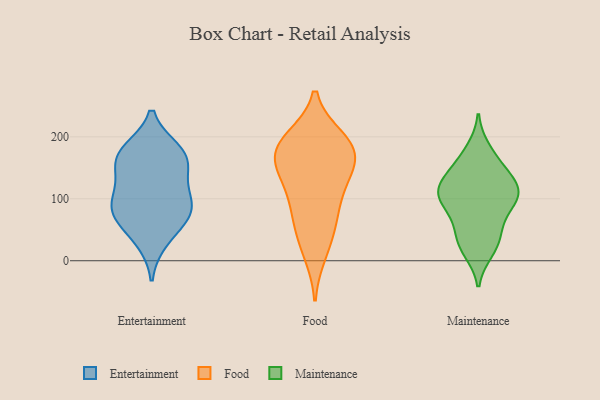
{"axis": {"x": "Tickets Resolved", "y": "Value"}, "legend": ["Entertainment", "Food", "Maintenance"], "data": [{"x": "", "y": 172, "type": "Entertainment"}, {"x": "", "y": 165, "type": "Entertainment"}, {"x": "", "y": 162, "type": "Entertainment"}, {"x": "", "y": 86, "type": "Entertainment"}, {"x": "", "y": 33, "type": "Entertainment"}, {"x": "", "y": 177, "type": "Entertainment"}, {"x": "", "y": 63, "type": "Entertainment"}, {"x": "", "y": 79, "type": "Entertainment"}, {"x": "", "y": 85, "type": "Entertainment"}, {"x": "", "y": 105, "type": "Entertainment"}, {"x": "", "y": 130, "type": "Entertainment"}, {"x": "", "y": 13, "type": "Food"}, {"x": "", "y": 71, "type": "Food"}, {"x": "", "y": 139, "type": "Food"}, {"x": "", "y": 185, "type": "Food"}, {"x": "", "y": 181, "type": "Food"}, {"x": "", "y": 141, "type": "Food"}, {"x": "", "y": 154, "type": "Food"}, {"x": "", "y": 196, "type": "Food"}, {"x": "", "y": 185, "type": "Food"}, {"x": "", "y": 81, "type": "Food"}, {"x": "", "y": 181, "type": "Food"}, {"x": "", "y": 41, "type": "Food"}, {"x": "", "y": 110, "type": "Food"}, {"x": "", "y": 107, "type": "Maintenance"}, {"x": "", "y": 21, "type": "Maintenance"}, {"x": "", "y": 108, "type": "Maintenance"}, {"x": "", "y": 98, "type": "Maintenance"}, {"x": "", "y": 135, "type": "Maintenance"}, {"x": "", "y": 168, "type": "Maintenance"}, {"x": "", "y": 139, "type": "Maintenance"}, {"x": "", "y": 33, "type": "Maintenance"}, {"x": "", "y": 111, "type": "Maintenance"}, {"x": "", "y": 119, "type": "Maintenance"}, {"x": "", "y": 59, "type": "Maintenance"}, {"x": "", "y": 100, "type": "Maintenance"}, {"x": "", "y": 179, "type": "Maintenance"}, {"x": "", "y": 101, "type": "Maintenance"}, {"x": "", "y": 16, "type": "Maintenance"}, {"x": "", "y": 42, "type": "Maintenance"}, {"x": "", "y": 75, "type": "Maintenance"}, {"x": "", "y": 144, "type": "Maintenance"}]}